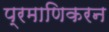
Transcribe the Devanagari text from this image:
प्रमाणिकरन